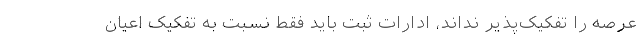
عرصه را تفکیک‌پذیر نداند، ادارات ثبت باید فقط نسبت به تفکیک اعیان